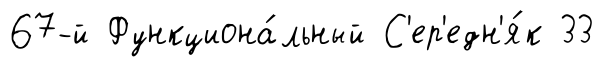
67-й Функциона́льный С'ер'едн'я́к 33